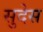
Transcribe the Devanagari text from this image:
सुदेस